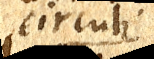
circuli